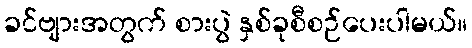
ခင်ဗျားအတွက် စားပွဲ နှစ်ခုစီစဉ်ပေးပါမယ်။